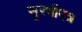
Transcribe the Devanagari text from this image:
सुरभीपत्र